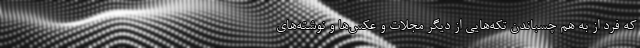
که فرد از به هم چسباندن تکه‌هایی از دیگر مجلات و عکس‌ها و نوشته‌های